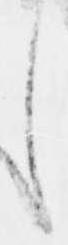
し